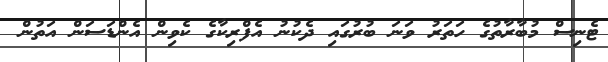
ޓެނިސް މުބާރާތުގެ ހަތަރު ވަނަ ބުރުގައި ދެކުނު އެފްރިކާގެ ކެވިން އެންޑަސަން އަތުން